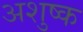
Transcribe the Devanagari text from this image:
अशुष्क